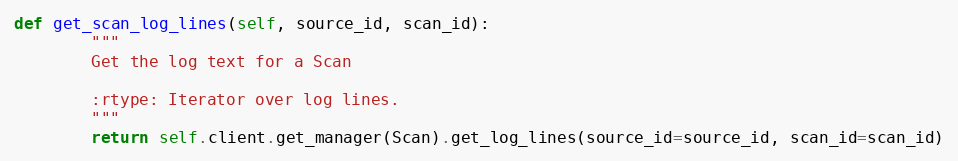
Language: Python
def get_scan_log_lines(self, source_id, scan_id):
        """
        Get the log text for a Scan

        :rtype: Iterator over log lines.
        """
        return self.client.get_manager(Scan).get_log_lines(source_id=source_id, scan_id=scan_id)